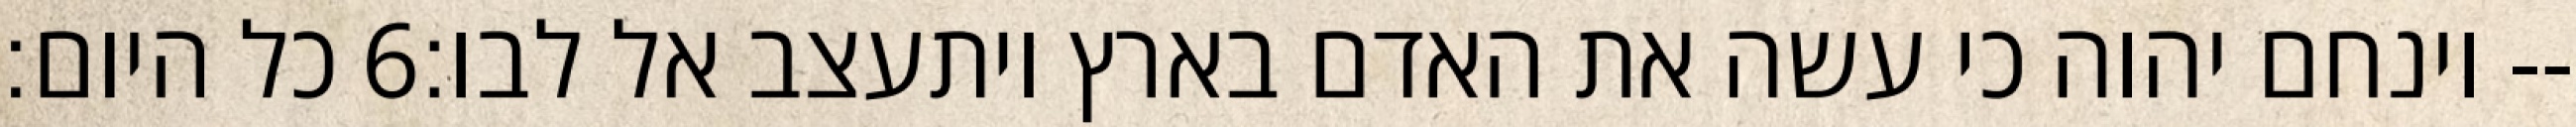
כל היום׃ ‎6‏ וינחם יהוה כי עשה את האדם בארץ ויתעצב אל לבו׃--